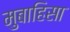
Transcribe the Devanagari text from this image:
मुबाहिसा